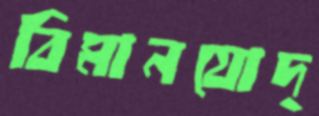
বিমানযোদ্